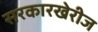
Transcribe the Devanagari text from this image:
सरकारखेरीज